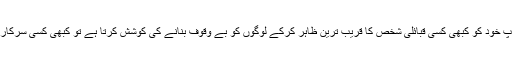
اُنہوں نے کہا کہ ہم نے پہلے بھی کیو ڈی اے کی جانب سے زمینوں پر قبضہ کی مخالفت کی مذکورہ گروپ خود کو کبھی کسی قبائلی شخص کا قریب ترین ظاہر کرکے لوگوں کو بے وقوف بنانے کی کوشش کرتا ہے تو کبھی کسی سرکاری عہدے کا غلط فائدہ اُٹھا کراور اداروں سے قربت کا دعویٰ کرکے زمینوں پر قبضہ کی کوشش کرتا ہے۔